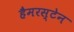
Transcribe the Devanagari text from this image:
हैमरस्टेन